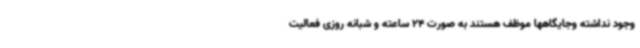
وجود نداشته وجایگاهها موظف هستند به صورت 24 ساعته و شبانه روزی فعالیت